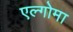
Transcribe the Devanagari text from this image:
एल्गोमा